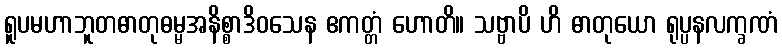
ရူပမဟာဘူတဓာတုဓမ္မအနိစ္စာဒိဝသေန ဧကတ္တံ ဟောတိ။ သဗ္ဗာပိ ဟိ ဓာတုယော ရုပ္ပနလက္ခဏံ